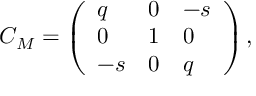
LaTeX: C _ { M } = \left( \begin{array} { l l l } { { q } } & { { 0 } } & { { - s } } \\ { { 0 } } & { { 1 } } & { { 0 } } \\ { { - s } } & { { 0 } } & { { q } } \end{array} \right) ,